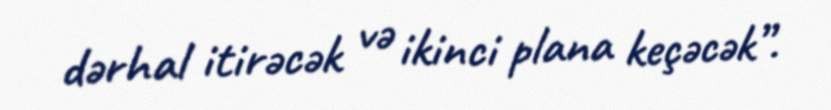
dərhal itirəcək və ikinci plana keçəcək”.